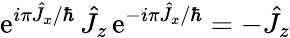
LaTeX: \mathrm{e}^{i\pi\hat{{J}}_{x}/\hbar}\, \hat{{J}}_{z}\, \mathrm{e}^{-i\pi\hat{{J}}_{x}/\hbar}=-\hat{{J}}_{z}